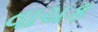
વાચક